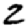
Digit: 2